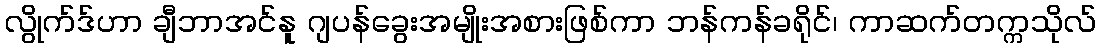
လွိုက်ဒ်ဟာ ချီဘာအင်နူ ဂျပန်ခွေးအမျိုးအစားဖြစ်ကာ ဘန်ကန်ခရိုင်၊ ကာဆက်တက္ကသိုလ်